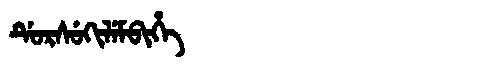
Manchu: ᡩᡠᡵᠰᡠᡴᡳᠯᡝᠮᠪᡳᡥᡝ
Romanization: DURSUKILEMBIHE